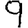
Digit: 9